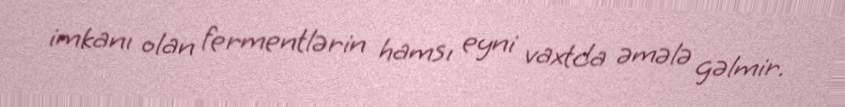
imkanı olan fermentlərin hamsı eyni vaxtda əmələ gəlmir.